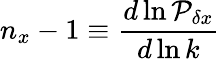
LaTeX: n_{x}-1\equiv{\frac{d\ln{\cal P}_{\delta x}}{d\ln k}}